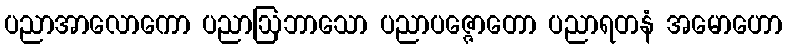
ပညာအာလောကော ပညာဩဘာသော ပညာပဇ္ဇောတော ပညာရတနံ အမောဟော